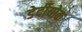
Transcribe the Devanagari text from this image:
डेर्दीयोक